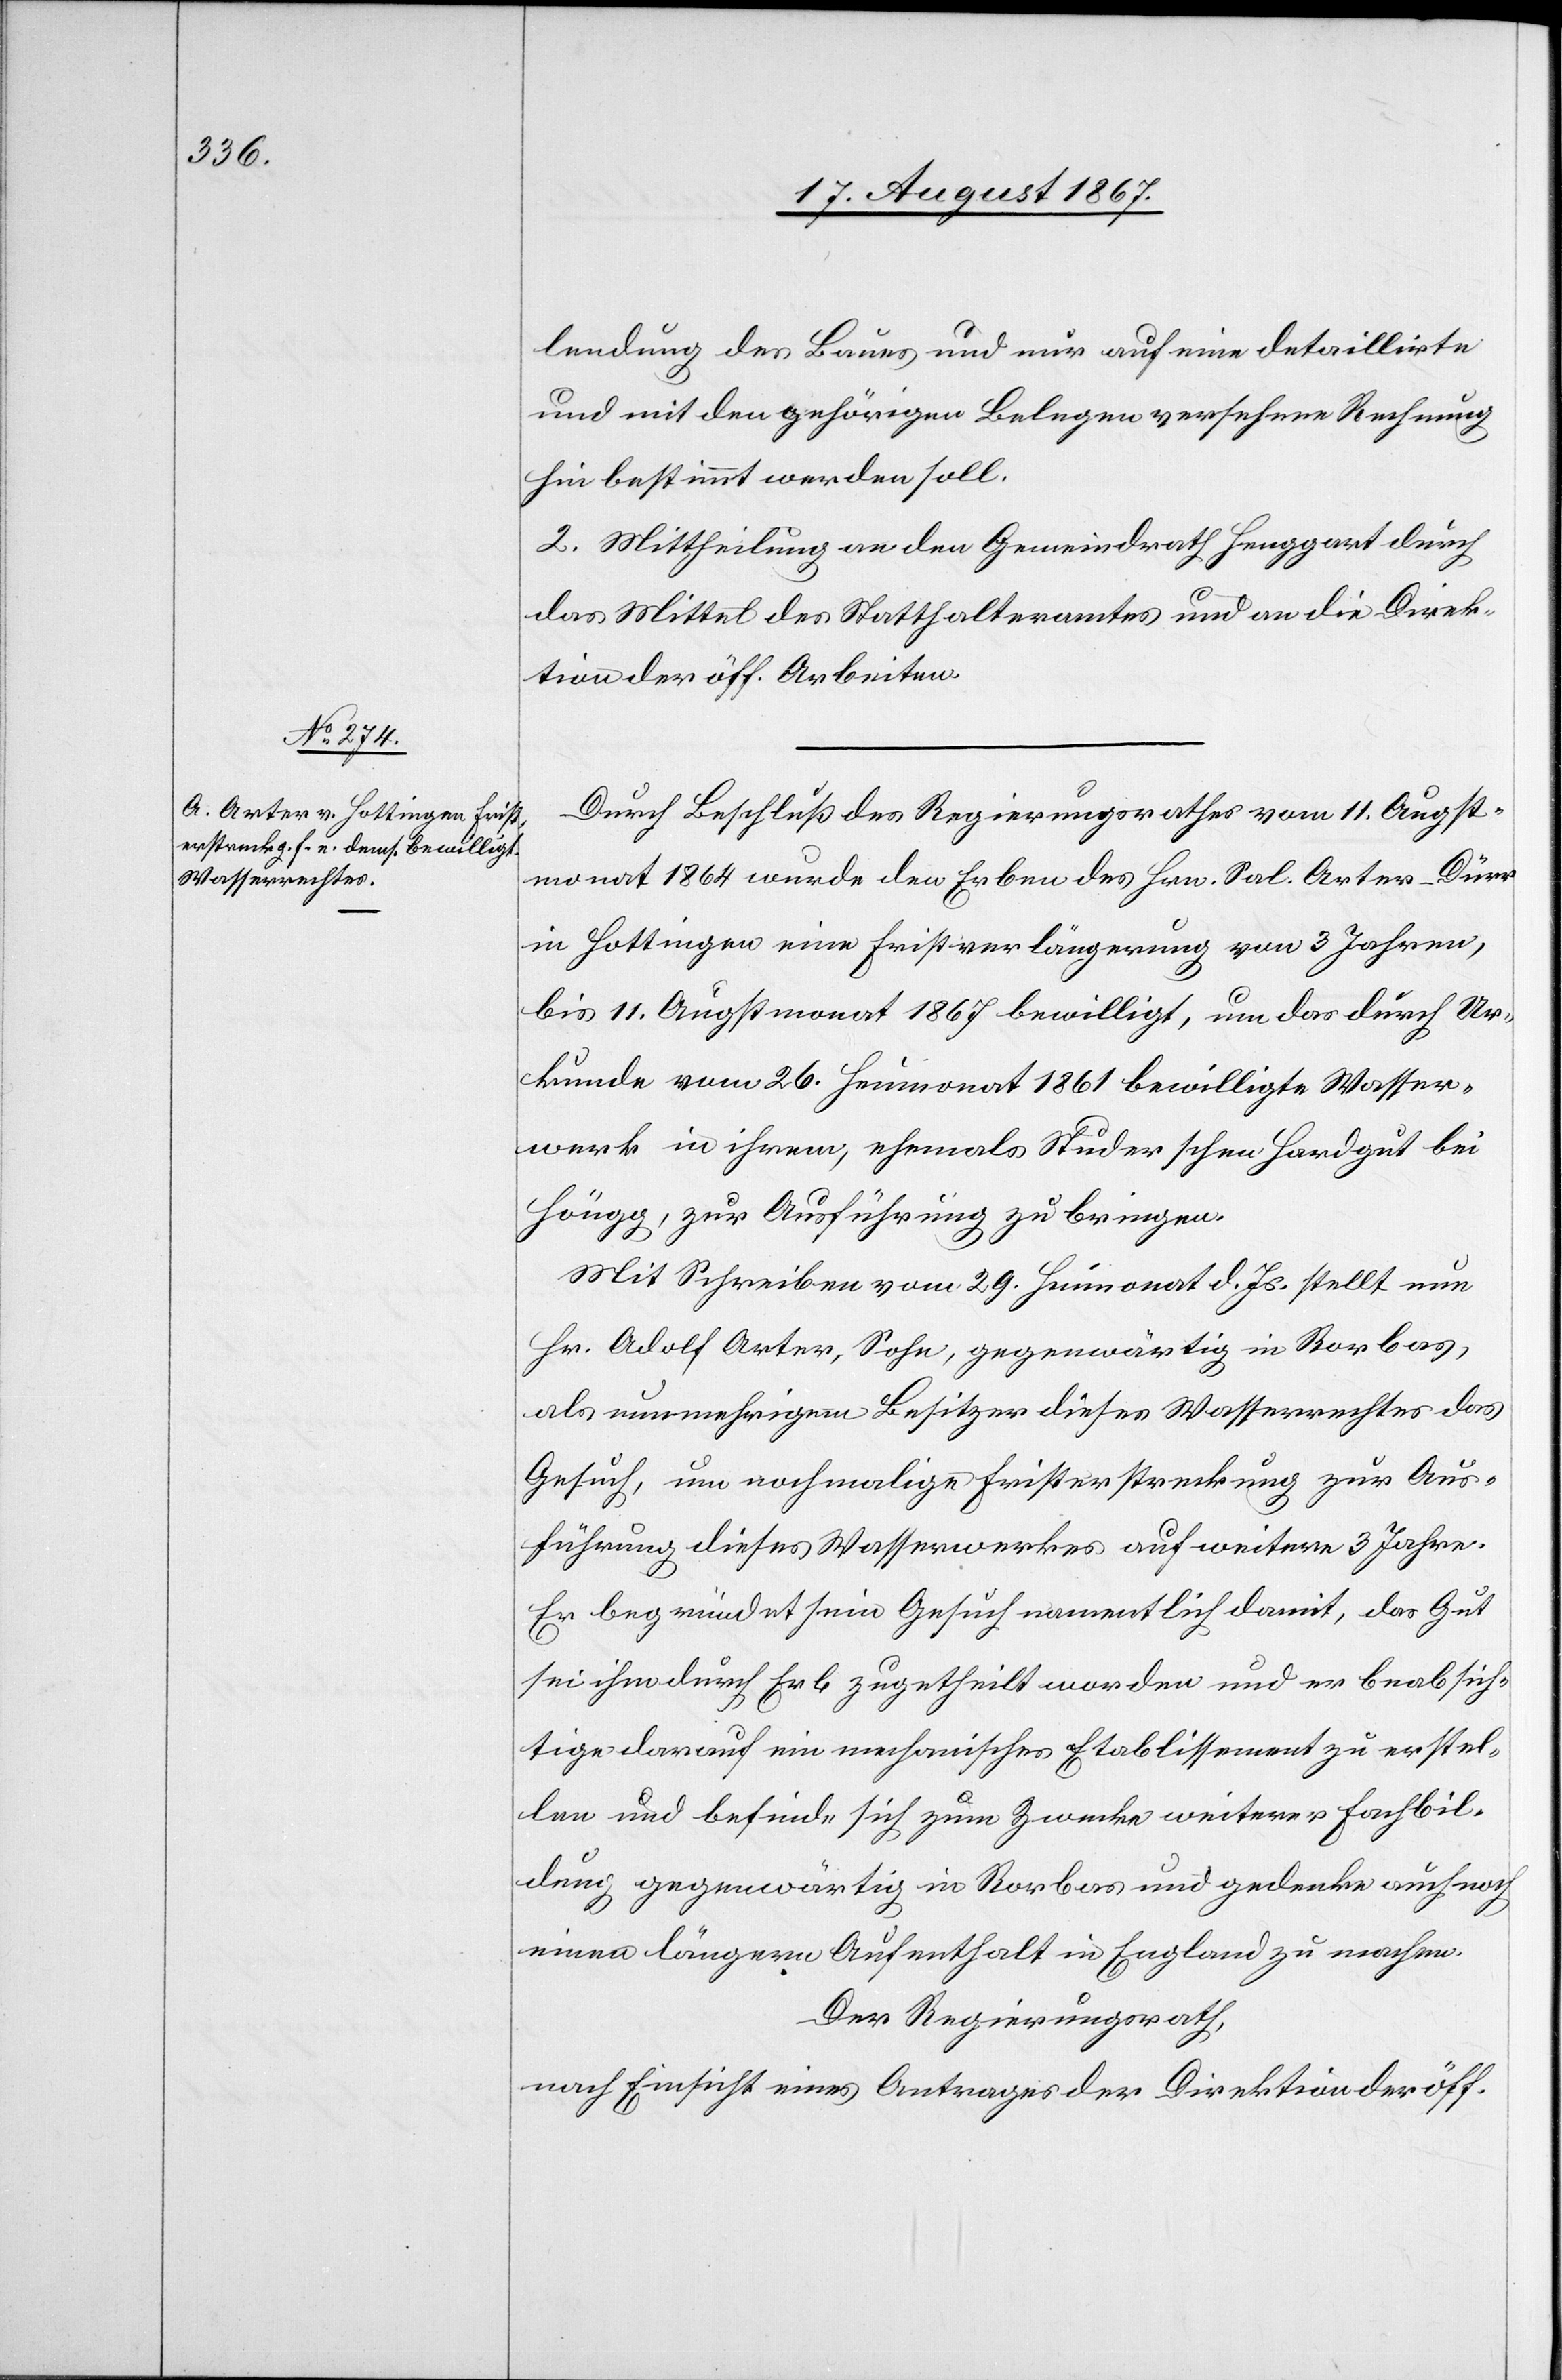
lendung des Baues und nur auf eine detaillirte
und mit den gehörigen Belegen versehene Rechnung
hin bestimmt werden soll.
Mittheilung an den Gemeindrath Henggart durch
das Mittel des Statthalteramtes und an die Direk¬
tion der öff. Arbeiten.
Durch Beschluß des Regierungsrathes vom 11. Augst¬
monat 1864 wurde den Erben des Hrn. Sal. Arter-Dürer
in Hottingen eine Fristverlängerung von 3 Jahren,
bis 11. Augstmonat 1867 bewilligt, um das durch Ur¬
kunde vom 26. Heumonat 1861 bewilligte Wasser¬
werk in ihrem, ehemals Studerschen Hardgut bei
Höngg, zur Ausführung zu bringen.
Mit Schreiben vom 29. Heumonat d. Js. stellt nun
Hr. Adolf Arter, Sohn, gegenwärtig in Rorbas,
als nunmehrigen Besitzer dieses Wasserrechtes das
Gesuch, um nochmalige Fristerstreckung zur Aus¬
führung dieses Wasserwerkes auf weitere 3 Jahre.
Er begründet sein Gesuch namentlich damit, das Gut
sei ihm durch Erb zugetheilt worden und er beabsich¬
tige darauf ein mechanisches Etablissement zu erstel¬
len und befinde sich zum Zwecke weiterer Fachbil¬
dung gegenwärtig in Rorbas und gedenke auch noch
einen längern Aufenthalt in England zu machen.
Der Regierungsrath,
nach Einsicht eines Antrages der Direktion der öff.